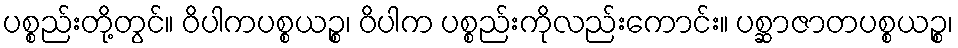
ပစ္စည်းတို့တွင်။ ဝိပါကပစ္စယဉ္စ၊ ဝိပါက ပစ္စည်းကိုလည်းကောင်း။ ပစ္ဆာဇာတပစ္စယဉ္စ၊